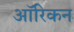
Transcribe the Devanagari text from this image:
ऑरिकन